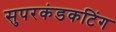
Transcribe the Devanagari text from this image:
सुपरकंडकटिंग